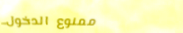
ممنوع الدخول